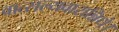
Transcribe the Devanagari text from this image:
वात्सल्यवारान्निधे।